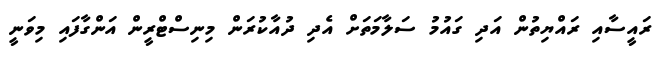
ރައީސާއި ރައްޔިތުން އަދި ގައުމު ސަލާމަތަށް އެދި ދުއާކުރަން މިނިސްޓްރީން އަންގާފައި މިވަނީ